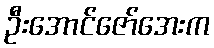
ဦးအောင်ဇော်အေးက